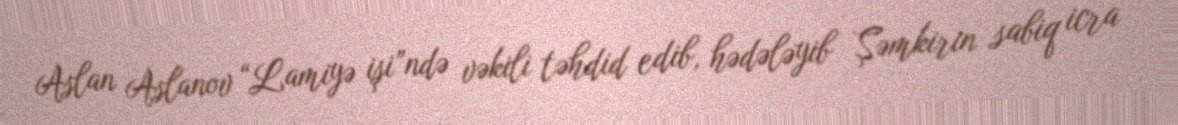
Aslan Aslanov “Lamiyə işi”ndə vəkili təhdid edib, hədələyib Şəmkirin sabiq icra